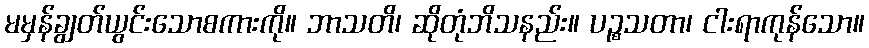
မမှန်ချွတ်ယွင်းသောစကားကို။ ဘာသတိ၊ ဆိုတုံဘိသနည်း။ ပဉ္စသတာ၊ ငါးရာကုန်သော။